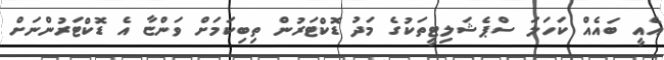
އެއީ ބައެއް ކަހަލަ ސްޕެޝަލިޓީތަކުގެ މަދު ޑޮކްޓަރުން ތިބިކަމަށް ވަންޏާ އެ ޑޮކްޓަރުންނަށް